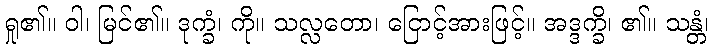
ရှု၏။ ဝါ၊ မြင်၏။ ဒုက္ခံ၊ ကို။ သလ္လတော၊ ငြောင့်အားဖြင့်။ အဒ္ဒက္ခိ၊ ၏။ သန္တံ၊